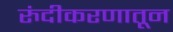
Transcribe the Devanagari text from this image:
रुंदीकरणातून